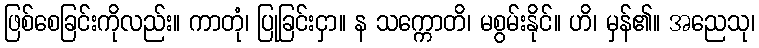
ဖြစ်စေခြင်းကိုလည်း။ ကာတုံ၊ ပြုခြင်းငှာ။ န သက္ကောတိ၊ မစွမ်းနိုင်။ ဟိ၊ မှန်၏။ အညေသု၊